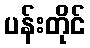
ပန်းတိုင်